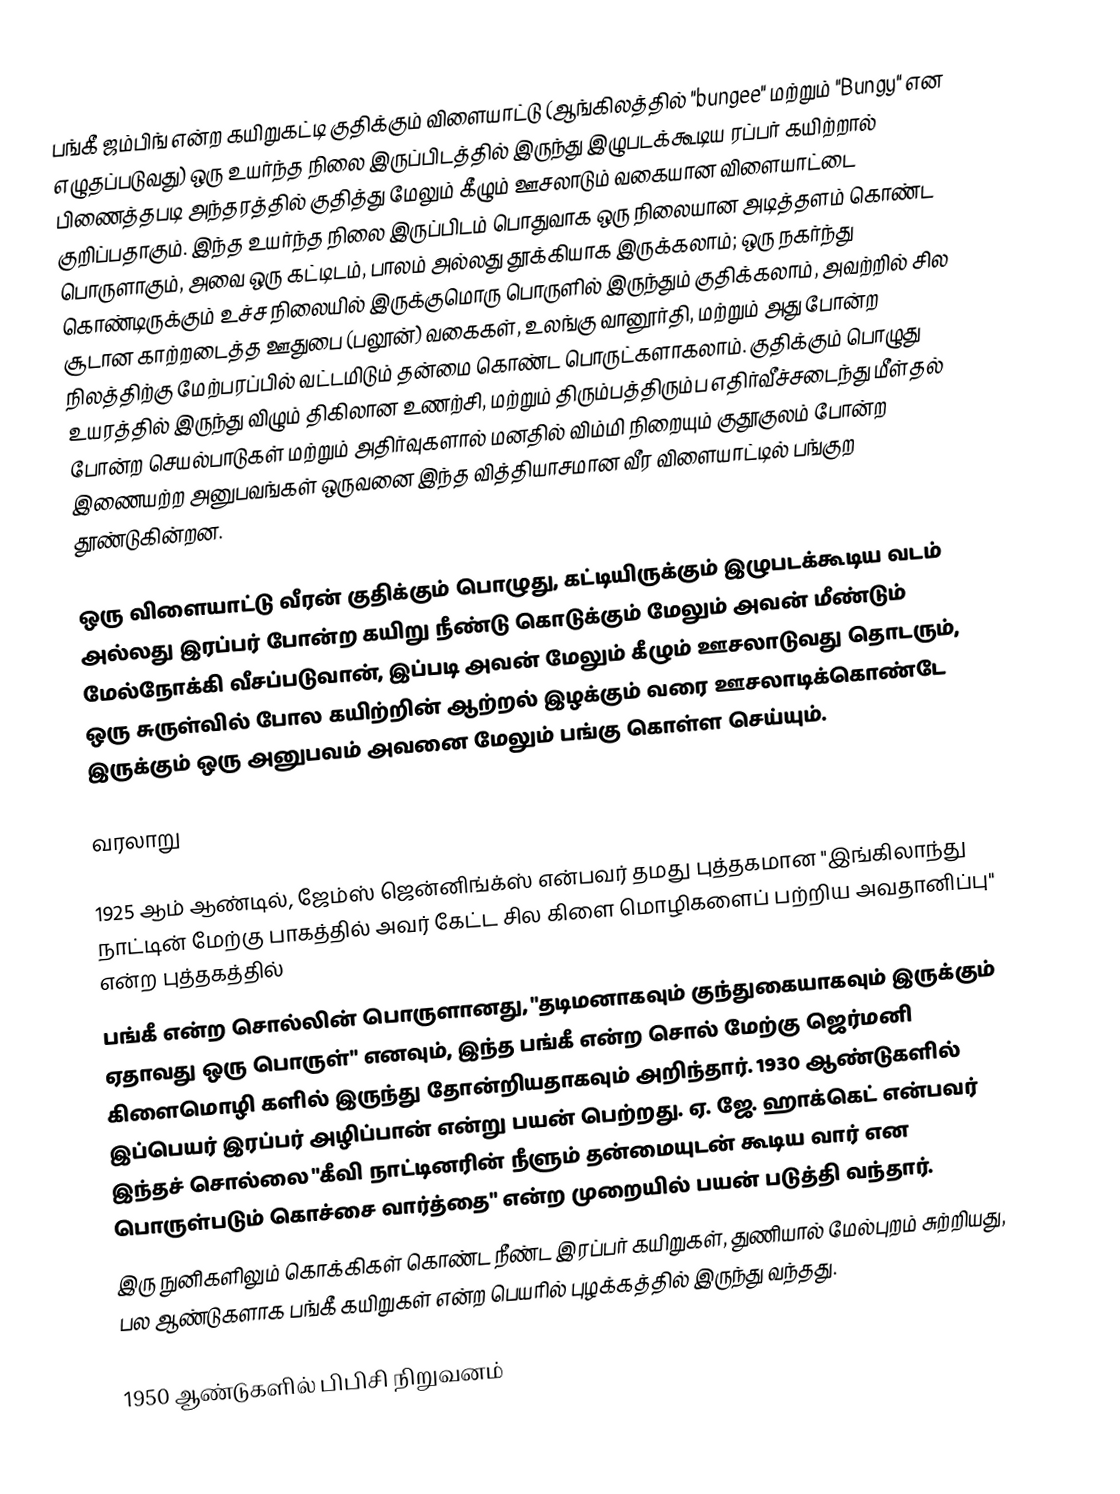
பங்கீ ஜம்பிங் என்ற கயிறுகட்டி குதிக்கும் விளையாட்டு (ஆங்கிலத்தில் "bungee" மற்றும் "Bungy" என எழுதப்படுவது) ஒரு உயர்ந்த நிலை இருப்பிடத்தில் இருந்து இழுபடக்கூடிய ரப்பர் கயிற்றால் பிணைத்தபடி அந்தரத்தில் குதித்து மேலும் கீழும் ஊசலாடும் வகையான விளையாட்டை குறிப்பதாகும். இந்த உயர்ந்த நிலை இருப்பிடம் பொதுவாக ஒரு நிலையான அடித்தளம் கொண்ட பொருளாகும், அவை ஒரு கட்டிடம், பாலம் அல்லது தூக்கியாக இருக்கலாம்; ஒரு நகர்ந்து கொண்டிருக்கும் உச்ச நிலையில் இருக்குமொரு பொருளில் இருந்தும் குதிக்கலாம், அவற்றில் சில சூடான காற்றடைத்த ஊதுபை (பலூன்) வகைகள், உலங்கு வானூர்தி, மற்றும் அது போன்ற நிலத்திற்கு மேற்பரப்பில் வட்டமிடும் தன்மை கொண்ட பொருட்களாகலாம். குதிக்கும் பொழுது உயரத்தில் இருந்து விழும் திகிலான உணற்சி, மற்றும் திரும்பத்திரும்ப எதிர்வீச்சடைந்து மீள்தல் போன்ற செயல்பாடுகள் மற்றும் அதிர்வுகளால் மனதில் விம்மி நிறையும் குதூகுலம் போன்ற இணையற்ற அனுபவங்கள் ஒருவனை இந்த வித்தியாசமான வீர விளையாட்டில் பங்குற தூண்டுகின்றன.

ஒரு விளையாட்டு வீரன் குதிக்கும் பொழுது, கட்டியிருக்கும் இழுபடக்கூடிய வடம் அல்லது இரப்பர் போன்ற கயிறு நீண்டு கொடுக்கும் மேலும் அவன் மீண்டும் மேல்நோக்கி வீசப்படுவான், இப்படி அவன் மேலும் கீழும் ஊசலாடுவது தொடரும், ஒரு சுருள்வில் போல கயிற்றின் ஆற்றல் இழக்கும் வரை ஊசலாடிக்கொண்டே இருக்கும் ஒரு அனுபவம் அவனை மேலும் பங்கு கொள்ள செய்யும்.

வரலாறு

1925 ஆம் ஆண்டில், ஜேம்ஸ் ஜென்னிங்க்ஸ் என்பவர் தமது புத்தகமான "இங்கிலாந்து நாட்டின் மேற்கு பாகத்தில் அவர் கேட்ட சில கிளை மொழிகளைப் பற்றிய அவதானிப்பு" என்ற புத்தகத்தில்
பங்கீ என்ற சொல்லின் பொருளானது, "தடிமனாகவும் குந்துகையாகவும் இருக்கும் ஏதாவது ஒரு பொருள்" எனவும், இந்த பங்கீ என்ற சொல் மேற்கு ஜெர்மனி கிளைமொழி களில்  இருந்து தோன்றியதாகவும் அறிந்தார். 1930 ஆண்டுகளில் இப்பெயர் இரப்பர் அழிப்பான் என்று பயன் பெற்றது. ஏ. ஜே. ஹாக்கெட் என்பவர் இந்தச் சொல்லை "கீவி நாட்டினரின் நீளும் தன்மையுடன் கூடிய வார் என பொருள்படும் கொச்சை வார்த்தை" என்ற முறையில் பயன் படுத்தி வந்தார்.
இரு நுனிகளிலும் கொக்கிகள் கொண்ட நீண்ட இரப்பர் கயிறுகள், துணியால் மேல்புறம் சுற்றியது, பல ஆண்டுகளாக பங்கீ கயிறுகள் என்ற பெயரில் புழக்கத்தில் இருந்து வந்தது.

1950 ஆண்டுகளில் பிபிசி நிறுவனம்